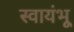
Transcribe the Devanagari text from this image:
स्वायंभू